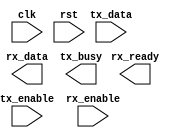
module UART_controller (
    input wire clk,
    input wire rst,
    input wire tx_data,
    output reg rx_data,
    input wire tx_enable,
    input wire rx_enable,
    output wire tx_busy,
    output wire rx_ready
);

// Baud rate generator
// Insert baud rate generator code here

// Clock divider
// Insert clock divider code here

// Start bit detector
// Insert start bit detector code here

// Shift register
// Insert shift register code here

// Parity checker
// Insert parity checker code here

// Stop bit detector
// Insert stop bit detector code here

// Data transmission and reception logic
// Insert data transmission and reception logic code here

// Buffer storage
// Insert buffer storage code here

// Control logic
// Insert control logic code here

endmodule